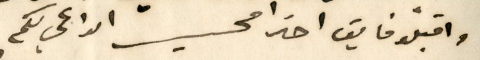
واقبلو فايق احترامي الداعي لكم